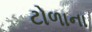
ટોળાના